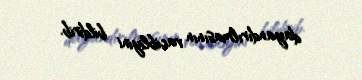
dayandırılmasının vacibliyini bildirib.